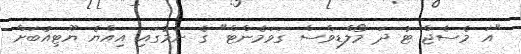
"އަ މެސެޖް ޓު ދަ މޯލްޑިވްސް ގަވަމެންޓް" ގެ ނަމުގައި އިއްޔެ ޔޫޓިއުބަށް